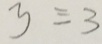
y \equiv 3